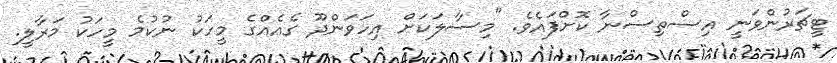
ޓީޗަރުންވަނީ އިސްތިސްނާ ކޮށްފައެވެ. "މިސާލަކަށް އިހަވަންދޫ ގެއެއްގެ މީހަކު ނުކުމެ މީހަކު މަރާލީ.